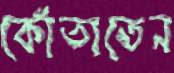
কোঁতাতেন